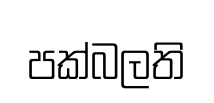
පක්බලති